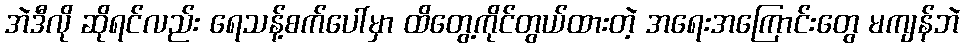
အဲဒီလို ဆိုရင်လည်း ရေသန့်စက်ပေါ်မှာ ထိတွေ့ကိုင်တွယ်ထားတဲ့ အရေးအကြောင်းတွေ မကျန်ဘဲ